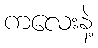
ကလေးနဲ့